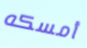
أمسكه